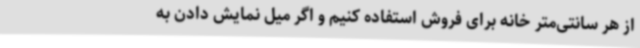
از هر سانتی‌متر خانه برای فروش استفاده کنیم و اگر میل نمایش دادن به